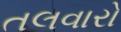
તલવારો